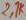
Text: 27K